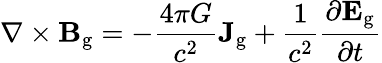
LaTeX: \nabla\times\mathbf{B}_{\mathrm{g}}=-{\frac{4\pi G}{c^{2}}}\mathbf{J}_{\mathrm{g}}+{\frac{1}{c^{2}}}{\frac{\partial\mathbf{E}_{\mathrm{g}}}{\partial t}}